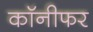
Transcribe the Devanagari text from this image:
कॉनीफर